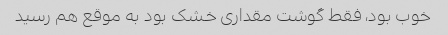
خوب بود، فقط گوشت مقداری خشک بود به موقع هم رسید